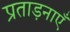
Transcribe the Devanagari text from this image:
प्रताड़नाएँ